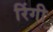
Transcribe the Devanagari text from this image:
रिंगी